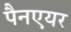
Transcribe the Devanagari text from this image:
पैनएयर